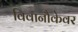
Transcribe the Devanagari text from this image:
विवानौकेवर